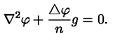
\nabla ^ { 2 } \varphi + { \frac { \triangle \varphi } { n } } g = 0 .